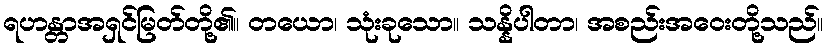
ရဟန္တာအရှင်မြတ်တို့၏။ တယော၊ သုံးခုသော။ သန္နိပါတာ၊ အစည်းအဝေးတို့သည်။